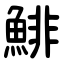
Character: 鯡